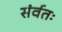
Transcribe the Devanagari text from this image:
संर्वतः